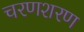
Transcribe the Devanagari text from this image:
चरणशरण